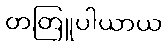
တတြူပါယာယ